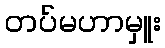
တပ်မဟာမှူး